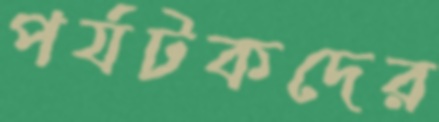
পর্যটকদের